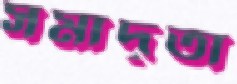
সমাদৃতা